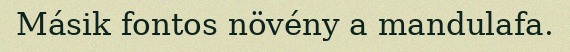
Másik fontos növény a mandulafa.